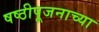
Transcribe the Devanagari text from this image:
षष्ठीपूजनाच्या